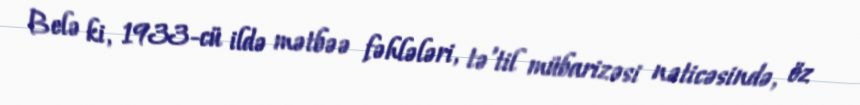
Belə ki, 1933-cü ildə mətbəə fəhlələri, tə'til mübarizəsi nəticəsində, öz